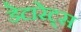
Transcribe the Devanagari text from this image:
डेटारेट्स